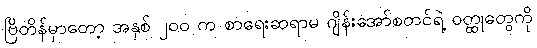
ဗြိတိန်မှာတော့ အနှစ် ၂၀၀ က စာရေးဆရာမ ဂျိန်းအော်စတင်ရဲ့ ဝတ္ထုတွေကို